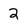
Character: 2